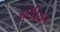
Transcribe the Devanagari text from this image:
अरिवियल